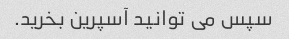
سپس می توانید آسپرین بخرید.